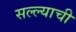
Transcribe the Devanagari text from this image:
सल्ल्याची